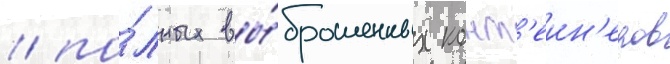
/ по́лных вы́брошенных конт'еин'еров